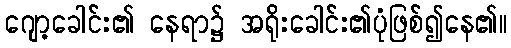
ဂျော့ခေါင်း၏ နေရာ၌ အရိုးခေါင်း၏ပုံဖြစ်၍နေ၏။